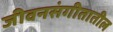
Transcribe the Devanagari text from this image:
जीवनसंगीतातील